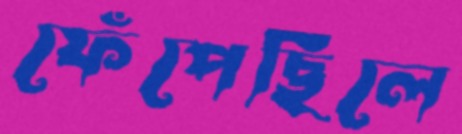
ফেঁপেছিলে